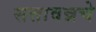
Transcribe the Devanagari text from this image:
सत्तावन्नचे